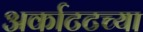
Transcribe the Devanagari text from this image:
अर्काटटच्या